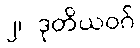
၂၊ ဒုတိယဝဂ်